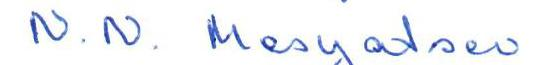
N. N. Mesyatsev.